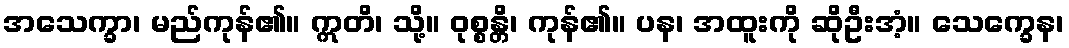
အသေက္ခာ၊ မည်ကုန်၏။ ဣတိ၊ သို့။ ဝုစ္စန္တိ၊ ကုန်၏။ ပန၊ အထူးကို ဆိုဦးအံ့။ သေက္ခေန၊